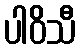
ပါဝိသီ